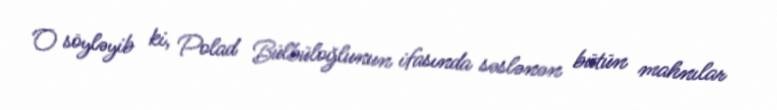
O söyləyib ki, Polad Bülbüloğlunun ifasında səslənən bütün mahnılar